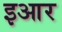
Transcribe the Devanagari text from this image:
इआर